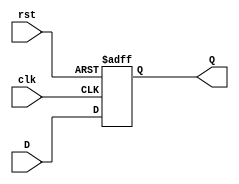
`timescale 1ns / 1ps
//////////////////////////////////////////////////////////////////////////////////
// Company: 
// Engineer: 
// 
// Design Name: 
// Module Name: RisingEdge_DFlipFlop_AsyncReset_low
// Project Name: 
// Target Devices: 
// Tool Versions: 
// Description: 
// 
// Dependencies: 
// 
// Revision:
// Revision 0.01 - File Created
// Additional Comments:
// 
//////////////////////////////////////////////////////////////////////////////////


module RisingEdge_DFlipFlop_AsyncReset_low(D,clk, rst, Q);
    input D, clk;
    input rst;
    output reg Q;
    
    always@(posedge clk or negedge rst)
        begin
            if(rst == 1'b0)
                Q <= 1'b0;
            else
                Q <= D;
        end
endmodule